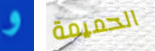
و الحميمة